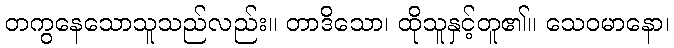
တကွနေသောသူသည်လည်း။ တာဒိသော၊ ထိုသူနှင့်တူ၏။ သေဝမာနော၊